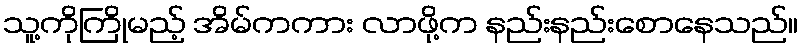
သူ့ကိုကြိုမည့် အိမ်ကကား လာဖို့က နည်းနည်းစောနေသည်။